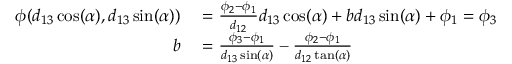
\begin{array} { r l } { \phi ( d _ { 1 3 } \cos ( \alpha ) , d _ { 1 3 } \sin ( \alpha ) ) } & { { } = \frac { \phi _ { 2 } - \phi _ { 1 } } { d _ { 1 2 } } d _ { 1 3 } \cos ( \alpha ) + b d _ { 1 3 } \sin ( \alpha ) + \phi _ { 1 } = \phi _ { 3 } } \\ { b } & { { } = \frac { \phi _ { 3 } - \phi _ { 1 } } { d _ { 1 3 } \sin ( \alpha ) } - \frac { \phi _ { 2 } - \phi _ { 1 } } { d _ { 1 2 } \tan ( \alpha ) } } \end{array}